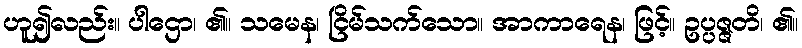
ဟူ၍လည်း။ ပါဌော၊ ၏။ သမေန၊ ငြိမ်သက်သော။ အာကာရေန၊ ဖြင့်။ ဥပ္ပဇ္ဇတိ၊ ၏။